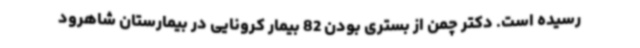
رسیده است. دکتر چمن از بستری بودن 82 بیمار کرونایی در بیمارستان شاهرود